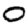
Digit: 0